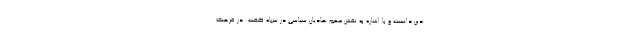
دین دانست و با اشاره به نقش مهم هادیان سیاسی در سپاه گفت: در فرهنگ